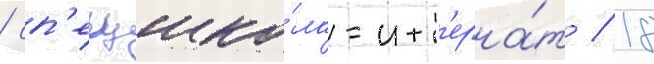
/ сп'ецшко́ла-инт'ерна́т / 18